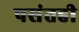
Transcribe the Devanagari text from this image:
पसंतही